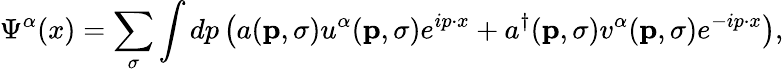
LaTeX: \Psi^{\alpha}(x)=\sum_{\sigma}\int dp\left(a(\mathbf{p},\sigma)u^{\alpha}(\mathbf{p},\sigma)e^{ip\cdot x}+a^{\dagger}(\mathbf{p},\sigma)v^{\alpha}(\mathbf{p},\sigma)e^{-ip\cdot x}\right),